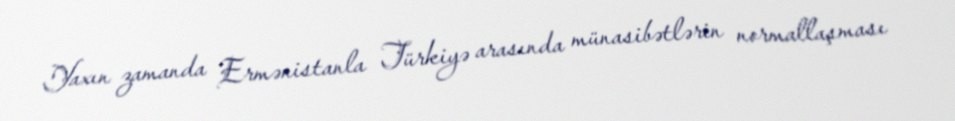
Yaxın zamanda Ermənistanla Türkiyə arasında münasibətlərin normallaşması